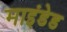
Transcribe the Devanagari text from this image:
माइंडेड